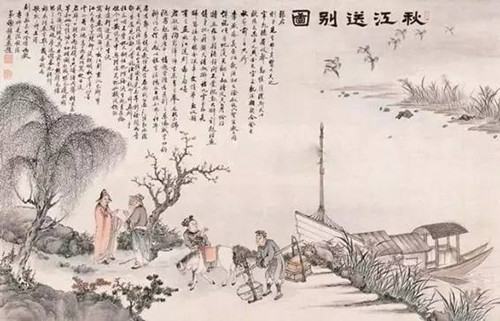
日下壁而沉彩，月上轩而飞光。